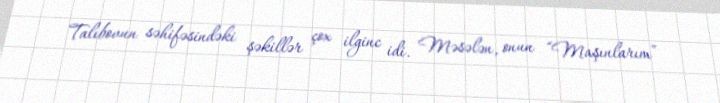
Talıbovun səhifəsindəki şəkillər çox ilginc idi. Məsələn, onun “Maşınlarım”